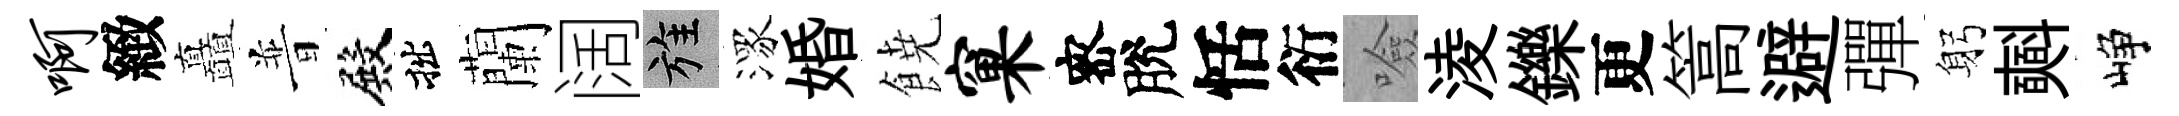
啊緻矗普殿拙蘭阔旌潈婚𩜙窠宻脫恬衍噞淩鑠更篙避彈躬𣂏峥